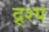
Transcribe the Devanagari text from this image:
द्र्श्य